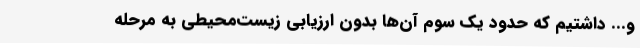
و... داشتیم که حدود یک سوم آن‌ها بدون ارزیابی زیست‌محیطی به مرحله